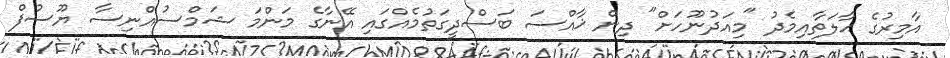
އާމިރުގެ ޙާލަތާއިމެދު "މިއަދުނޫހަށް" ދިން ޚާއްސަ ބަސްދީގަތުމެއްގައި އޭނާގެ މަންމަ ޝަމްސުއްނިސާ ޔޫސުފް